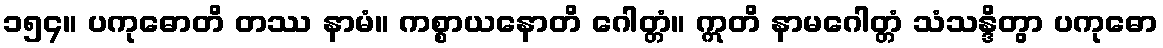
၁၅၄။ ပကုဓောတိ တဿ နာမံ။ ကစ္စာယနောတိ ဂေါတ္တံ။ ဣတိ နာမဂေါတ္တံ သံသန္ဒိတွာ ပကုဓော